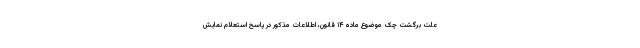
علت برگشت چک موضوع ماده ۱۴ قانون، اطلاعات مذکور در پاسخ استعلام نمایش